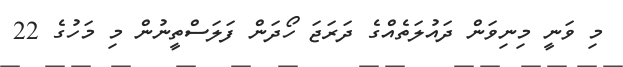
މި ވަނީ މިނިވަން ދައުލަތެއްގެ ދަރަޖަ ހޯދަން ފަލަސްތީނުން މި މަހުގެ 22